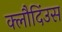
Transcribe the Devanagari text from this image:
क्लौदिंउस